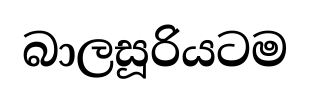
බාලසූරියටම